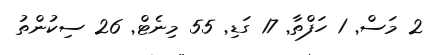
2 މަސް